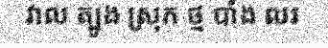
វាល ត្បូង ស្រុក ថ្ម បាំង លរ